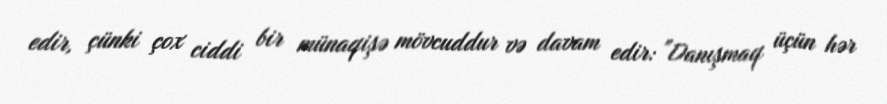
edir, çünki çox ciddi bir münaqişə mövcuddur və davam edir: "Danışmaq üçün hər